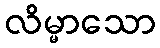
လိမ္မာသော